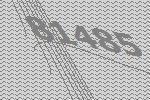
81485